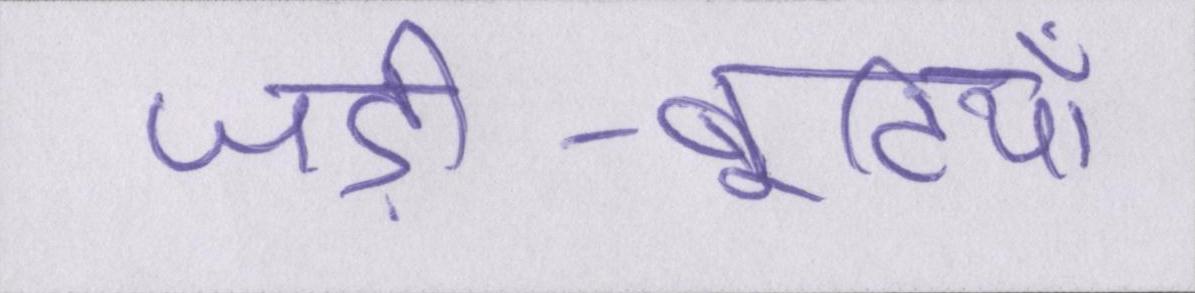
जड़ी-बूटियाँ